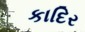
કાદિર